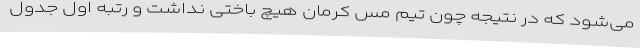
می‌شود که در نتیجه چون تیم مس کرمان هیچ باختی نداشت و رتبه اول جدول